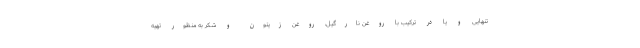
تنهایی و یا در ترکیب با روغن نارگیل، روغن زیتون و شکر به منظور تهیه